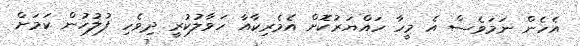
އެހެން ނަމަވެސް އެ މީހާ ހައްޔަރުކޮށް އެމެރިކާއާ ހަވާލުކުރީ ދިވެހި ފުލުހުން ކަމަށް